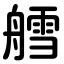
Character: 艝